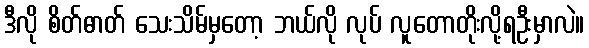
ဒီလို စိတ်ဓာတ် သေးသိမ်မှတော့ ဘယ်လို လုပ် လူတောတိုးလို့ရဦးမှာလဲ။